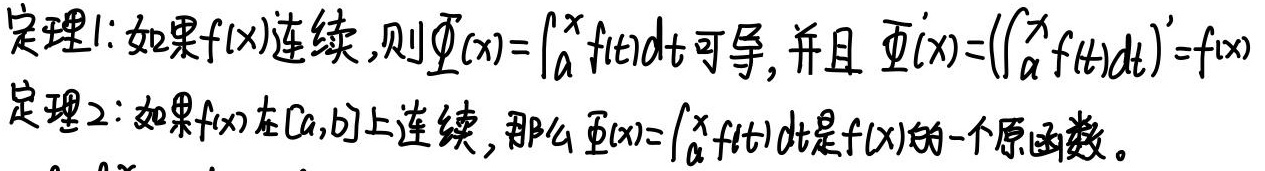
定理1: 如果\(f(x)\)连续，则\(\varPhi(x)=\int_{a}^{x}f(t)dt\)可导，并且\(\varPhi'(x)=(\int_{a}^{x}f(t)dt)' = f(x)\)。

定理2: 如果\(f(x)\)在\([a,b]\)上连续，那么\(\varPhi(x)=\int_{a}^{x}f(t)dt\)是\(f(x)\)的一个原函数。